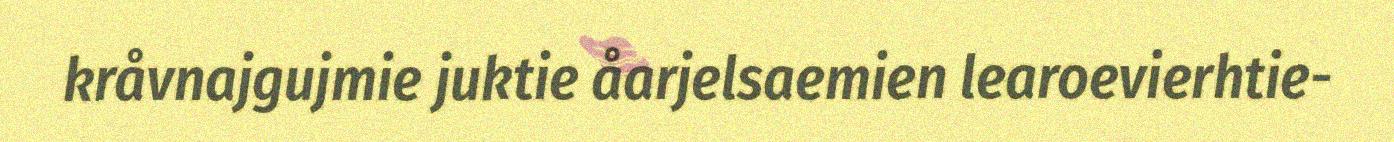
kråvnajgujmie juktie åarjelsaemien learoevierhtie-